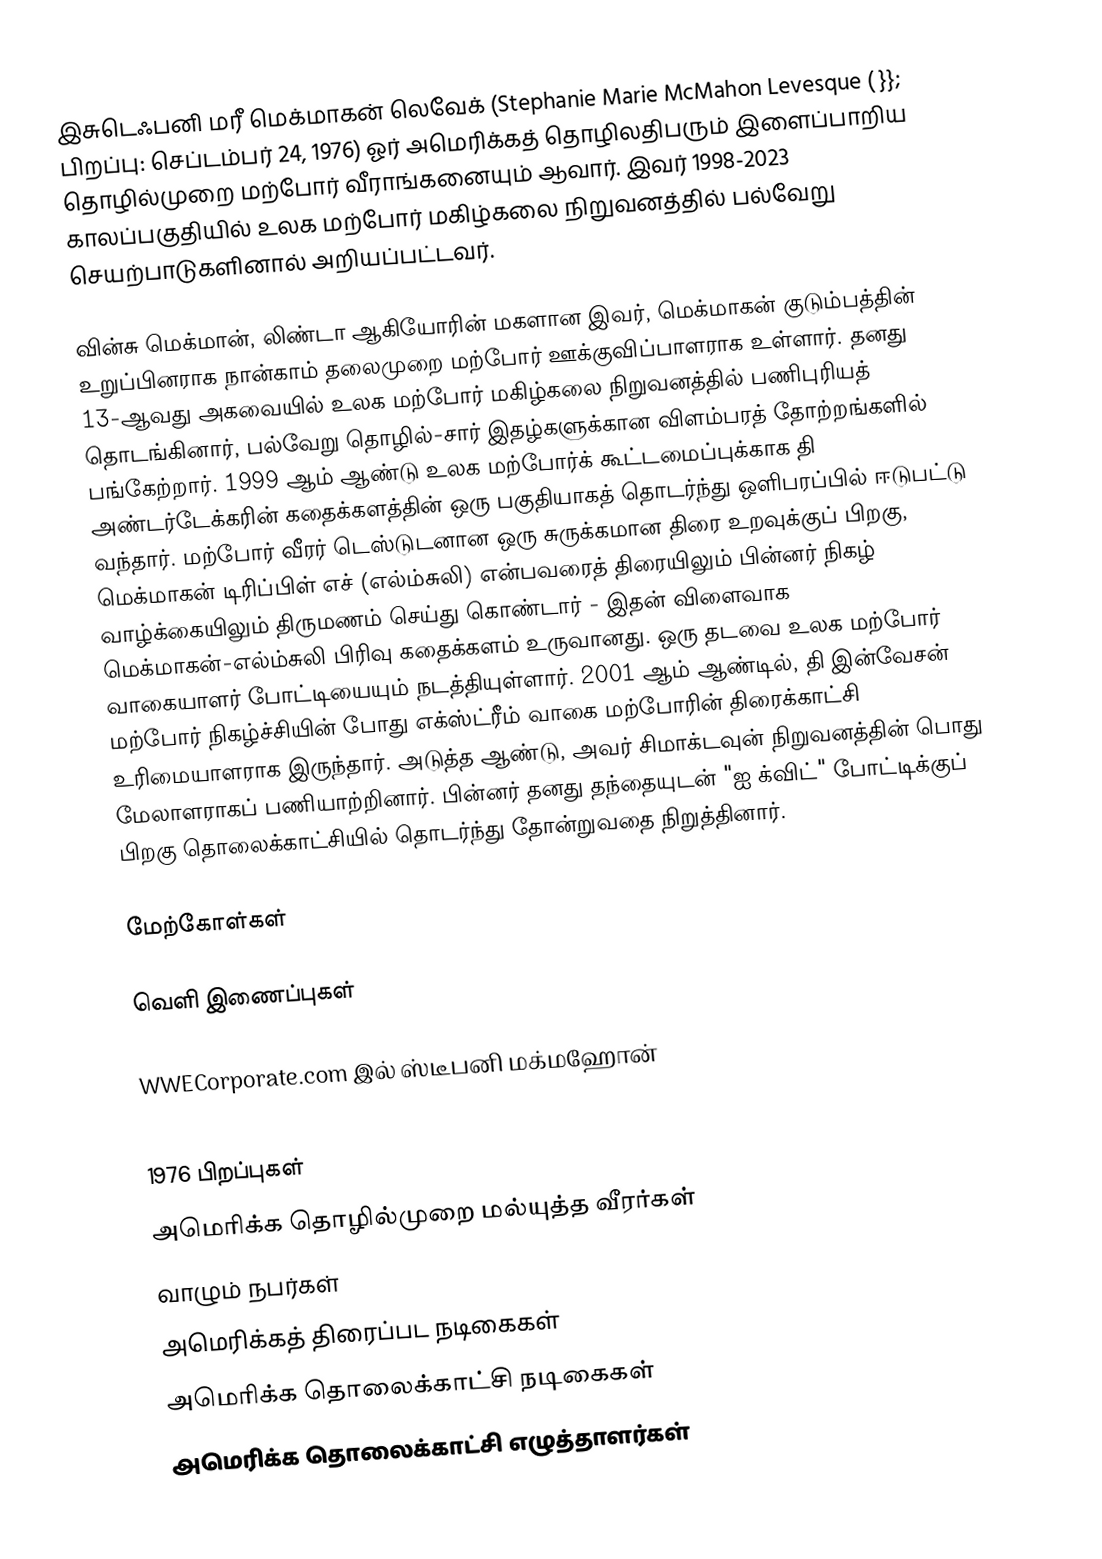
இசுடெஃபனி மரீ மெக்மாகன் லெவேக் (Stephanie Marie McMahon Levesque ( }}; பிறப்பு: செப்டம்பர் 24, 1976) ஓர் அமெரிக்கத் தொழிலதிபரும் இளைப்பாறிய தொழில்முறை மற்போர் வீராங்கனையும் ஆவார். இவர் 1998-2023 காலப்பகுதியில் உலக மற்போர் மகிழ்கலை நிறுவனத்தில் பல்வேறு செயற்பாடுகளினால் அறியப்பட்டவர்.

வின்சு மெக்மான், லிண்டா ஆகியோரின் மகளான இவர், மெக்மாகன் குடும்பத்தின் உறுப்பினராக நான்காம் தலைமுறை மற்போர் ஊக்குவிப்பாளராக உள்ளார். தனது 13-ஆவது அகவையில் உலக மற்போர் மகிழ்கலை நிறுவனத்தில் பணிபுரியத் தொடங்கினார், பல்வேறு தொழில்-சார் இதழ்களுக்கான விளம்பரத் தோற்றங்களில் பங்கேற்றார். 1999 ஆம் ஆண்டு உலக மற்போர்க் கூட்டமைப்புக்காக தி அண்டர்டேக்கரின் கதைக்களத்தின் ஒரு பகுதியாகத் தொடர்ந்து ஒளிபரப்பில் ஈடுபட்டு வந்தார். மற்போர் வீரர் டெஸ்டுடனான ஒரு சுருக்கமான திரை உறவுக்குப் பிறகு, மெக்மாகன் டிரிப்பிள் எச் (எல்ம்சுலி) என்பவரைத் திரையிலும் பின்னர் நிகழ் வாழ்க்கையிலும் திருமணம் செய்து கொண்டார் - இதன் விளைவாக மெக்மாகன்-எல்ம்சுலி பிரிவு கதைக்களம் உருவானது. ஒரு தடவை உலக மற்போர் வாகையாளர் போட்டியையும் நடத்தியுள்ளார். 2001 ஆம் ஆண்டில், தி இன்வேசன் மற்போர் நிகழ்ச்சியின் போது எக்ஸ்ட்ரீம் வாகை மற்போரின் திரைக்காட்சி உரிமையாளராக இருந்தார். அடுத்த ஆண்டு, அவர் சிமாக்டவுன் நிறுவனத்தின் பொது மேலாளராகப் பணியாற்றினார். பின்னர் தனது தந்தையுடன் "ஐ க்விட்" போட்டிக்குப் பிறகு தொலைக்காட்சியில் தொடர்ந்து தோன்றுவதை நிறுத்தினார்.

மேற்கோள்கள்

வெளி இணைப்புகள்

WWECorporate.com இல் ஸ்டீபனி மக்மஹோன்

1976 பிறப்புகள்
அமெரிக்க தொழில்முறை மல்யுத்த வீரர்கள்
வாழும் நபர்கள்
அமெரிக்கத் திரைப்பட நடிகைகள்
அமெரிக்க தொலைக்காட்சி நடிகைகள்
அமெரிக்க தொலைக்காட்சி எழுத்தாளர்கள்